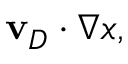
\mathbf { v } _ { D } \cdot \nabla x ,